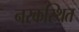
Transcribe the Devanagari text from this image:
नरकस्थित